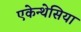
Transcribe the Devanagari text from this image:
एकेन्थेसिया